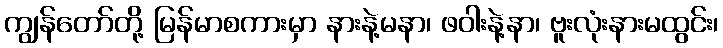
ကျွန်တော်တို့ မြန်မာစကားမှာ နားနဲ့မနာ၊ ဖဝါးနဲ့နာ၊ ဗူးလုံးနားမထွင်း၊